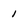
Character: 1